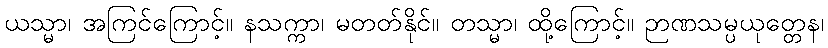
ယသ္မာ၊ အကြင်ကြောင့်။ နသက္ကာ၊ မတတ်နိုင်။ တသ္မာ၊ ထို့ကြောင့်။ ဉာဏသမ္ပယုတ္တေန၊